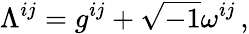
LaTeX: \Lambda^{ij}=g^{ij}+\sqrt{-1}\omega^{ij}\, ,